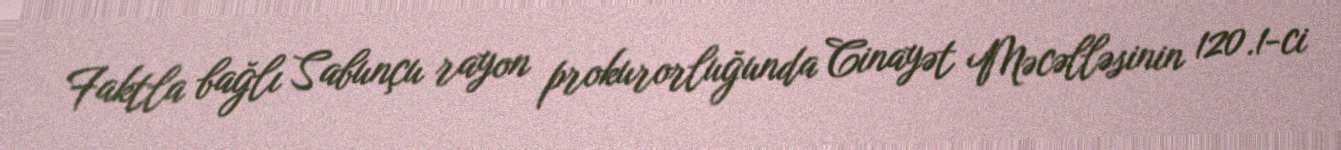
Faktla bağlı Sabunçu rayon prokurorluğunda Cinayət Məcəlləsinin 120.1-ci